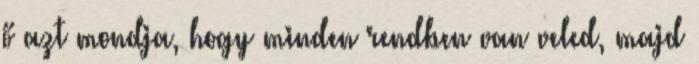
ő azt mondja, hogy minden rendben van veled, majd